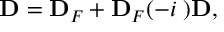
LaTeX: { \mathbf D } = { \mathbf D } _ { F } + { \mathbf D } _ { F } ( - i { \mathbf \Pi } ) { \mathbf D } ,